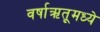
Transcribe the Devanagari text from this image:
वर्षाऋतूमध्ये